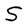
Character: S